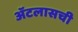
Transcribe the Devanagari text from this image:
ॲटलासची